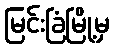
မြင်းခြံမြို့မှ